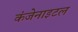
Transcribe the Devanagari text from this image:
कंजेनाइटल